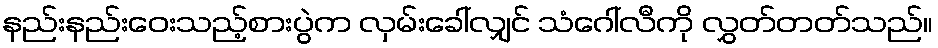
နည်းနည်းဝေးသည့်စားပွဲက လှမ်းခေါ်လျှင် သံဂေါ်လီကို လွှတ်တတ်သည်။